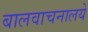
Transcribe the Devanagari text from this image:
बालवाचनालये